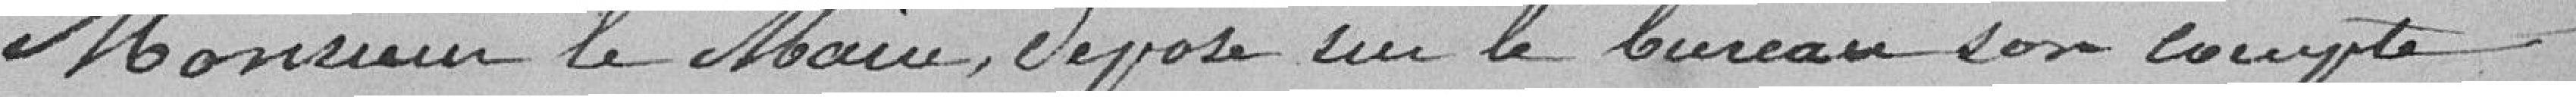
Monsieur le Maire, dépose sur le bureau son compte